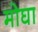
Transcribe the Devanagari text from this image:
मोघा